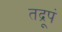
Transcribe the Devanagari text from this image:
तद्रूपं